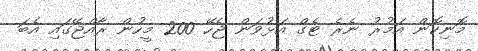
މޮނިކޮން އަމުރު ނެރެ ޓެގް އަޅުވަން ޖެހޭ 200 މީހުން ރާއްޖޭގައި އެބަ